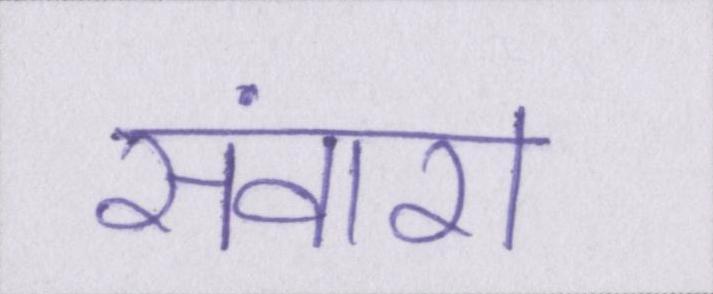
संवारा